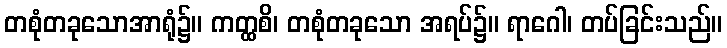
တစုံတခုသောအာရုံ၌။ ကတ္ထစိ၊ တစုံတခုသော အရပ်၌။ ရာဂေါ၊ တပ်ခြင်းသည်။